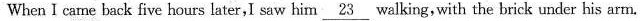
When I came back five hours later,I saw him \underline{23} walking, with the brick under his arm.